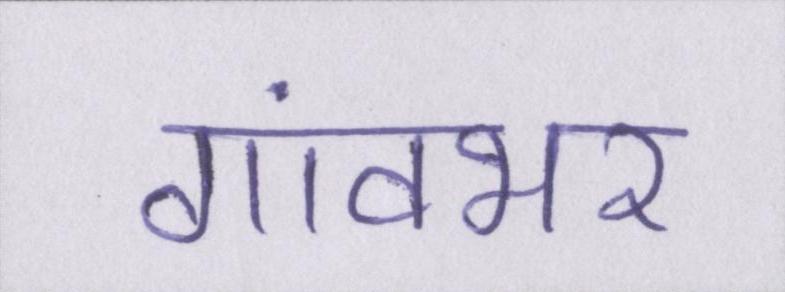
गांवभर